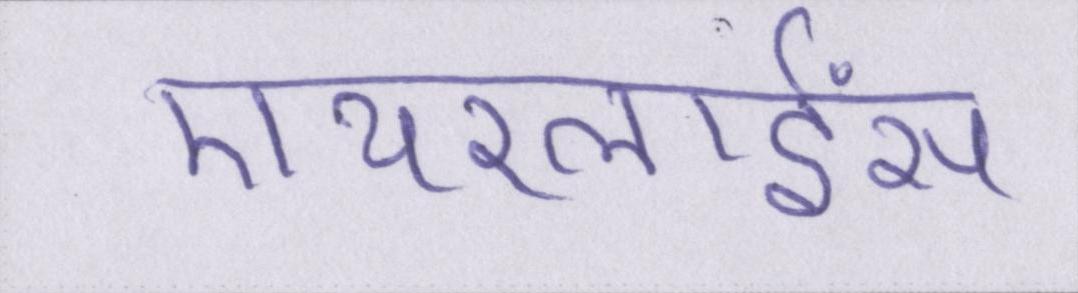
एयरलाईंस